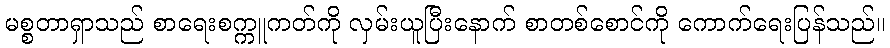
မစ္စတာရှာသည် စာရေးစက္ကူကတ်ကို လှမ်းယူပြီးနောက် စာတစ်စောင်ကို ကောက်ရေးပြန်သည်။